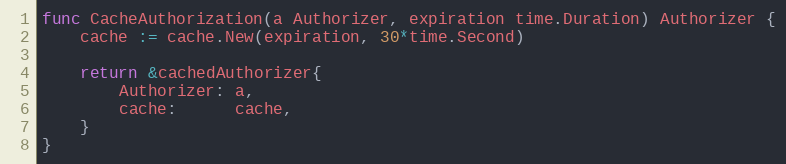
Language: Go
func CacheAuthorization(a Authorizer, expiration time.Duration) Authorizer {
	cache := cache.New(expiration, 30*time.Second)

	return &cachedAuthorizer{
		Authorizer: a,
		cache:      cache,
	}
}